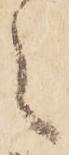
々